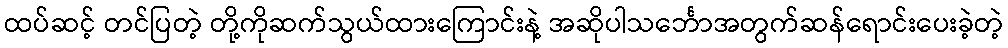
ထပ်ဆင့် တင်ပြတဲ့ တို့ကိုဆက်သွယ်ထားကြောင်းနဲ့ အဆိုပါသင်္ဘောအတွက်ဆန်ရောင်းပေးခဲ့တဲ့